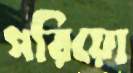
পরিয়ো